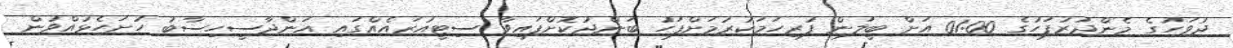
ދުވަހުގެ މެންދުރުފަހުގެ 01:00 އަށް ބީލަން ފުރިހަމަކުރުމަށްފަހު ބަންދުކޮށްފައިވާ ސިޓީއުރައެއްގައި އަންދާސީހިސާބު ހުށަހެޅުއްވުން